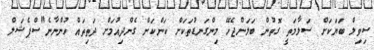
ސިވިލް ބަޔަކަށް ސަލާމަތީ ގޮތުން ބަލަންޖެހޭ މިންގަނޑުތަކަށް ކަންކަން ގެންދިއުމަށް ދަތިތައް ހުންނާނެ"ސްޕެޝަލް